Vabadussoja_Ajaloo_Komitee, lk 3
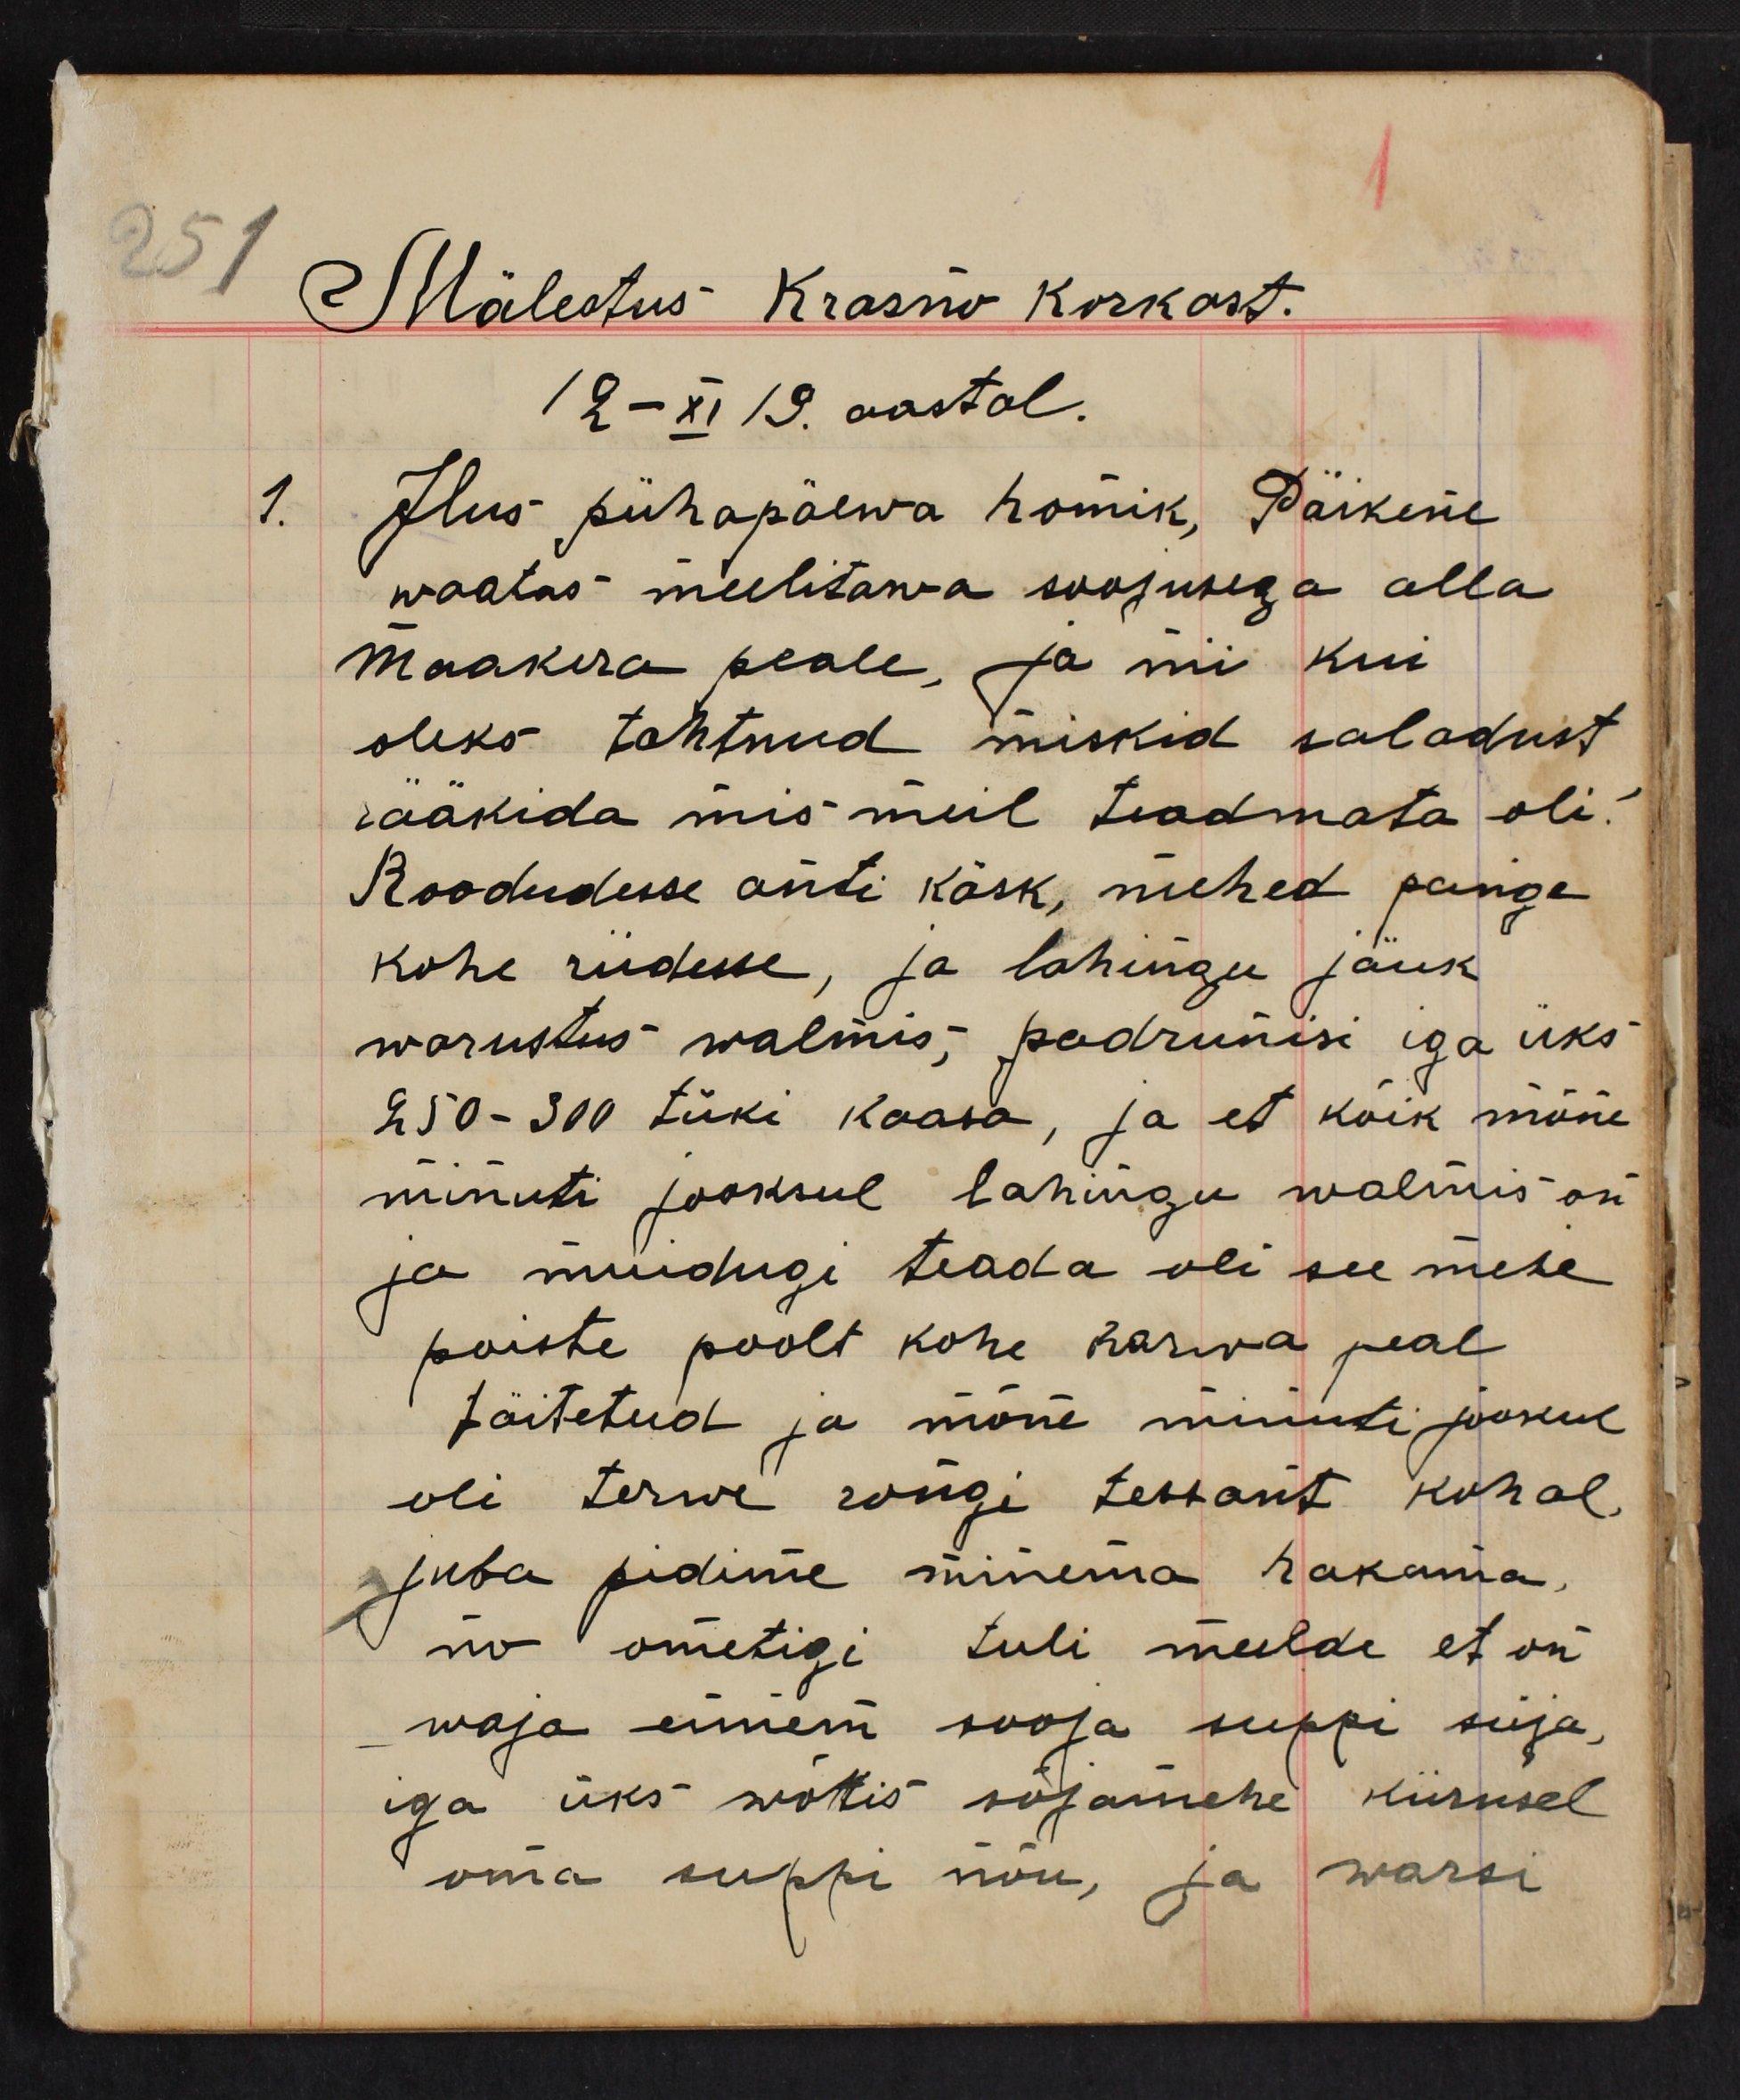
1.

Mälestus Krasnõ Korkast 
12 - XI 19. aastal.
Ilus pühapäewa homik, Päikene 
waatas meelitawa soojusega alla
maakera peale, ja nii kui
oleks tahtnud miskid saladust
rääkida mis mul teadmata oli.
Roodudesse anti käsk, mehed pange
kohe riidesse, ja lahingu jöuk
warustus walmis; padrunisi iga üks
250-300 tüki kaasa, ja et kõik mõne
minuti jooksul lahingu walmis on
ja muidugi teada oli see mehe
poiste poolt kohe karwa peal 
täitetud ja mõne minuti jookul
oli terwe rongi terrasit kohal,
juba pidime minema hakama
no ometigi tuli meelde et on
waja ennem sooja suppi süja,
iga üks wõtis sõjamehe kiirusel
oma suppi nõu, ja warsi